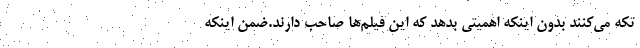
تکه می‌کنند بدون اینکه اهمیتی بدهد که این فیلم‌ها صاحب دارند.ضمن اینکه